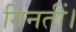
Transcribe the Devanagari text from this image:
गिनतीं।